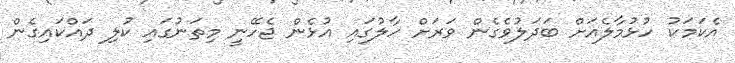
އެކަމަކު ހުޅުމާލެއަށް ބަދަލުވެގެން ވަރަށް ހާލުގައި އުޅެން ޖެހޭނީ މިތަނުގައި ކުލި ދައްކައިގެން